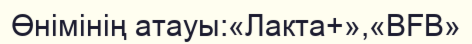
Өнімінің атауы:«Лакта+»,«BFB»